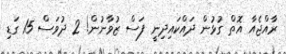
ރާއްޖެއާ އޮތް ގުޅުން ދައްކައިދިނީ ފަސް ޒުވާނުން! 2 ދުވަސް 15 ގަޑި